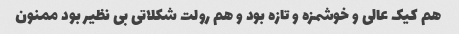
هم کیک عالی و خوشمزه و تازه بود و هم رولت شکلاتی بی نظیر بود ممنون